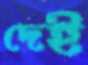
দেই